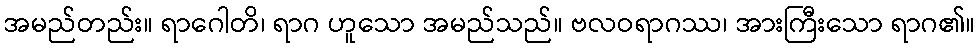
အမည်တည်း။ ရာဂေါတိ၊ ရာဂ ဟူသော အမည်သည်။ ဗလဝရာဂဿ၊ အားကြီးသော ရာဂ၏။